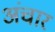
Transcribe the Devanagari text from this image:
अंचार